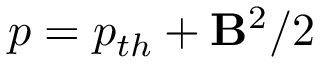
p = p _ { t h } + \mathbf { B } ^ { 2 } / 2